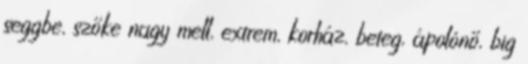
seggbe, szőke nagy mell, extrem, korház, beteg, ápolónő, big